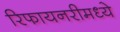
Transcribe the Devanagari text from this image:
रिफायनरीमध्ये